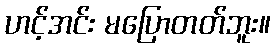
ဟင့်အင်း မပြောတတ်ဘူး။